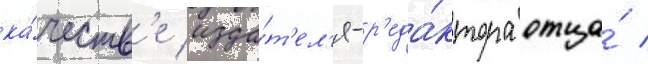
ка́честв'е изда́т'ел'я-р'еда́ктора отца́ /